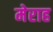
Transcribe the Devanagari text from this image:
मेराह